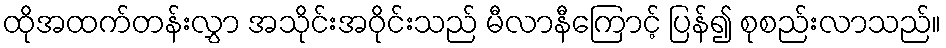
ထိုအထက်တန်းလွှာ အသိုင်းအဝိုင်းသည် မီလာနီကြောင့် ပြန်၍ စုစည်းလာသည်။